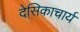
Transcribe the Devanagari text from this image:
देसिकाचार्य